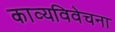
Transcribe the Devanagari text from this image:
काव्यविवेचना